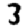
Digit: 3